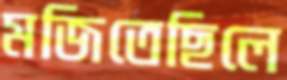
মজিতেছিলে